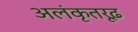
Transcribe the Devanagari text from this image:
अलंकृतरूढ़